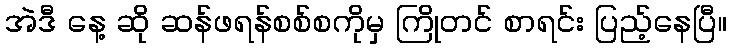
အဲဒီ နေ့ ဆို ဆန်ဖရန်စစ်စကိုမှ ကြိုတင် စာရင်း ပြည့်နေပြီ။